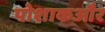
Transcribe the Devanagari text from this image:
पोशाकऔर